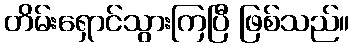
တိမ်းရှောင်သွားကြပြီ ဖြစ်သည်။